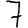
Digit: 7